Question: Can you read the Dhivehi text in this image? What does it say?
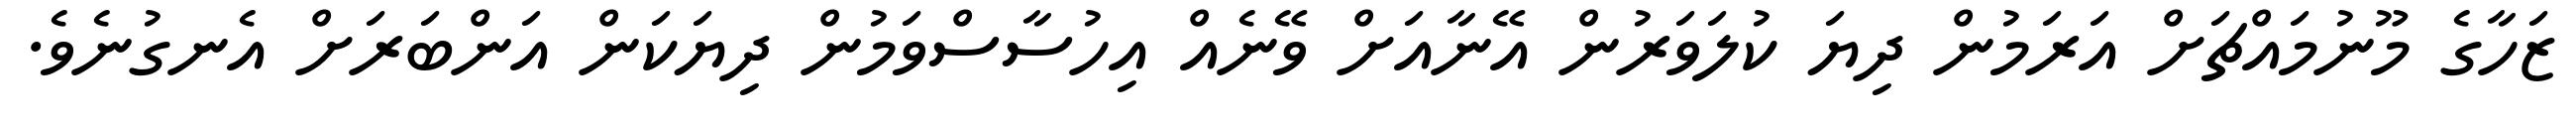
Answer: ޒަހާގެ މޫނުމައްޗަށް އަރަމުން ދިޔަ ކުލަވަރުން އޭނާއަށް ވޭނެއް އިހުސާސްވަމުން ދިޔަކަން އަންބަރަށް އެނގުނެވެ.